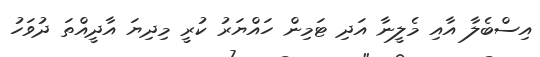
އިސްބެލާ އާއި މެލީނާ އަދި ޓަމިން ހައްޔަރު ކުރީ މިދިޔަ އާދީއްތަ ދުވަހު